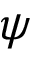
\psi